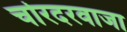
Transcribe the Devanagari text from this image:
चोरदरवाजा